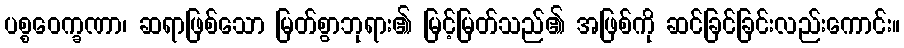
ပစ္စဝေက္ခဏာ၊ ဆရာဖြစ်သော မြတ်စွာဘုရား၏ မြင့်မြတ်သည်၏ အဖြစ်ကို ဆင်ခြင်ခြင်းလည်းကောင်း။